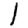
Digit: 1